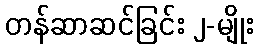
တန်ဆာဆင်ခြင်း ၂-မျိုး